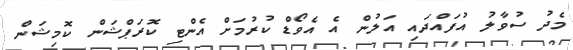
މެދު ސުވާލު އުފައްދައި އަލުން އެ އެވޯޑް ކުރުމަށް އެންޓި ކޮރަޕްޝަން ކޮމިޝަން